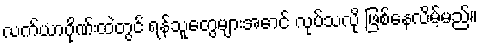
လက်ယာဂိုဏ်းထဲတွင် ရန်သူတွေများအောင် လုပ်သလို ဖြစ်နေလိမ့်မည်။